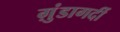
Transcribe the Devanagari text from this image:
ग़ुंडागर्दी